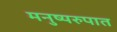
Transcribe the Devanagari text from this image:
मनुष्यरुपात